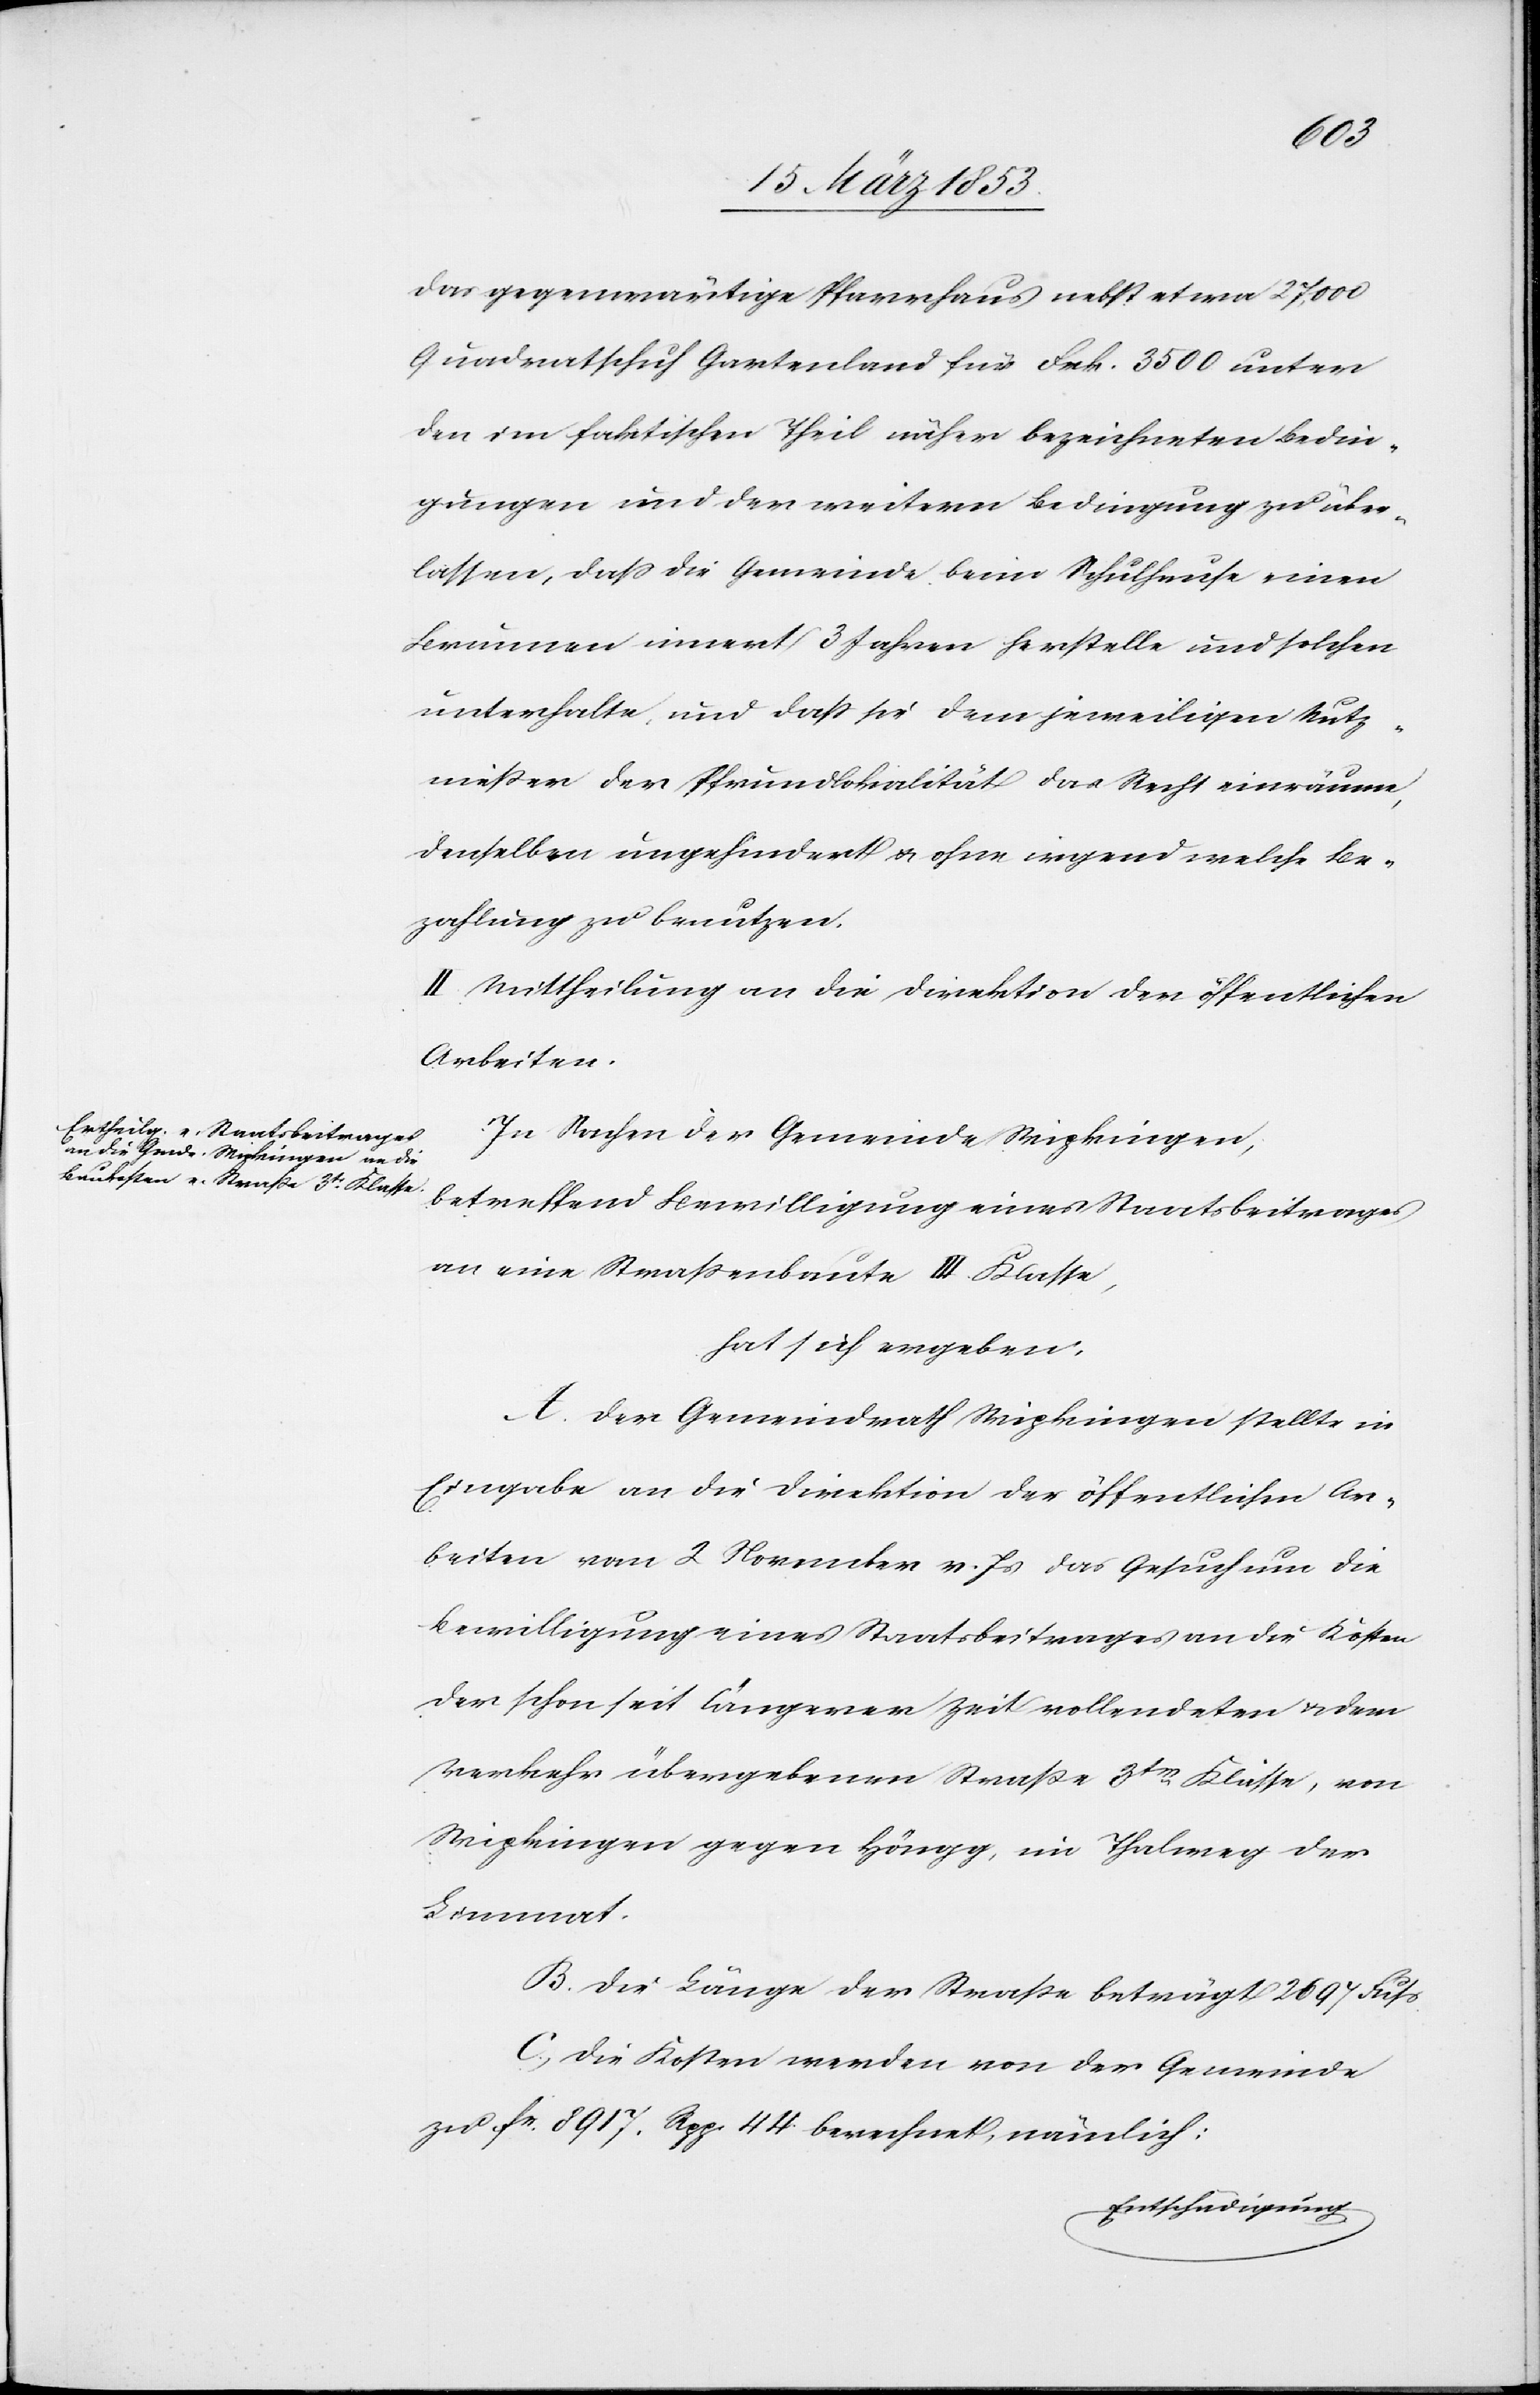
das gegenwärtige Pfarrhaus nebst etwa 27000
Quadratschuh Gartenland für Frk. 3500 unter
den im faktischen Theil näher bezeichneten Bedin¬
gungen und der weitern Bedingung zu über¬
lassen, daß die Gemeinde beim Schulhause einen
Brunnen innert 3 Jahren herstelle und solchen
unterhalte, und daß sie dem jeweiligen Nutz¬
nießer der Pfrundlokalität das Recht einräumen,
denselben ungehindert u. ohne irgend welche Be¬
zahlung zu benutzen.
II. Mittheilung an die Direktion der öffentlichen
Arbeiten.
In Sachen der Gemeinde Wipkingen,
betreffend Bewilligung eines Staatsbeitrages
hat sich ergeben:
Der Gemeindrath Wipkingen stellte in
Eingabe an die Direktion der öffentlichen Ar¬
beiten vom 2 November v. Js. das Gesuch um die
Bewilligung eines Staatsbeitrages an die Kosten
der schon seit längerer Zeit vollendeten u. dem
Verkehr übergebenen Straße 3tr. Klasse, von
Wipkingen gegen Höngg, im Thalweg der
Limmat.
Die Länge der Straße beträgt 2697 Fuß
Die Kosten werden von der Gemeinde
zu fr. 8917. Rpp. 44 berechnet, nämlich: